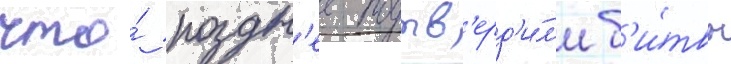
что́ поздн'ее подтв'ерд'и́л'и б'и́твы